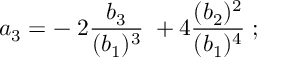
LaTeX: a _ { 3 } = - \; 2 { \frac { b _ { 3 } } { ( b _ { 1 } ) ^ { 3 } } } \; + 4 { \frac { ( b _ { 2 } ) ^ { 2 } } { ( b _ { 1 } ) ^ { 4 } } } \; ;